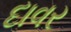
દાવર